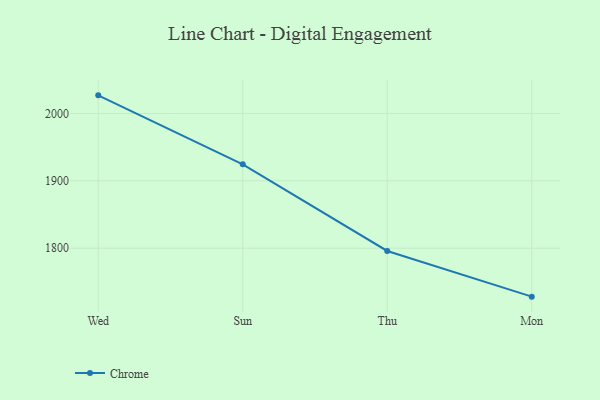
{"axis": {"x": "Day", "y": "Bounce Rate (%)"}, "legend": ["Chrome"], "data": [{"x": "Wed", "y": 2026.9, "type": "Chrome"}, {"x": "Sun", "y": 1924.6, "type": "Chrome"}, {"x": "Thu", "y": 1795.9, "type": "Chrome"}, {"x": "Mon", "y": 1728.1, "type": "Chrome"}]}